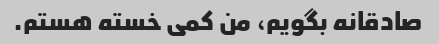
صادقانه بگویم، من کمی خسته هستم.